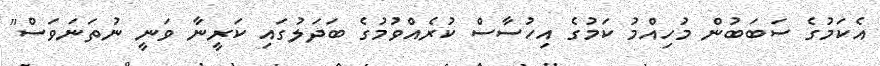
އެކަމުގެ ސަބަބުން މުހިއްމު ކަމުގެ އިހުސާސް ކުރެއްވުމުގެ ބަދަލުގައި ކަރީނާ ވަނީ ނުތަނަވަސް"